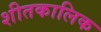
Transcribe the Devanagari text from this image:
शीतकालिक